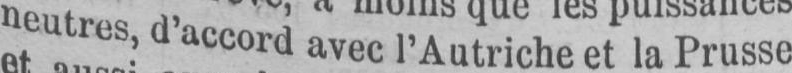
neutres, d’accord avec l’Autriche et la Prusse